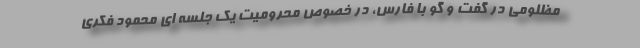
مظلومی در گفت و گو با فارس، در خصوص محرومیت یک جلسه ای محمود فکری